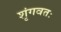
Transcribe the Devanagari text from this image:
शृंगवतः